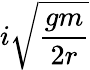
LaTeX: i\sqrt{\frac{gm}{2r}}